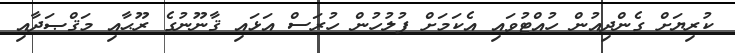
ކުރިޔަށް ގެންދިއުން ހުއްޓުވައި އެކަމަށް ފުލުހުން ހުރަސް އަޅައި ޤާނޫނުގެ ރޫޙާއި މަޤްޞަދާއި